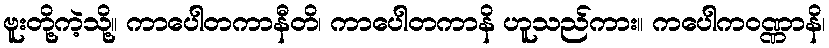
ဗူးတို့ကဲ့သို့။ ကာပေါတကာနီတိ၊ ကာပေါတကာနိ ဟူသည်ကား။ ကပေါကဝဏ္ဏာနိ၊